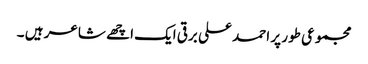
مجموعی طور پر احمد علی برقی ایک اچھے شاعر ہیں ۔